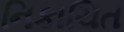
નિકાચિત